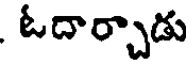
ఓదార్చాడు